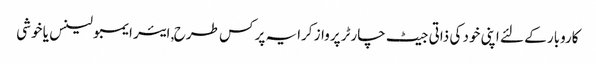
کاروبار کے لئے اپنی خود کی ذاتی جیٹ چارٹر پرواز کرایہ پر کس طرح, ایئر ایمبولینس یا خوشی